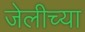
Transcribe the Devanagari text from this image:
जेलीच्या